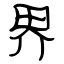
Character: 界